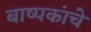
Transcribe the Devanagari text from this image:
बाष्पकांचे